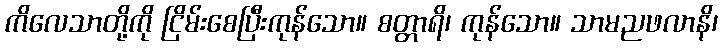
ကိလေသာတို့ကို ငြိမ်းစေပြီးကုန်သော။ စတ္တာရိ၊ ကုန်သော။ သာမညဖလာနိ၊